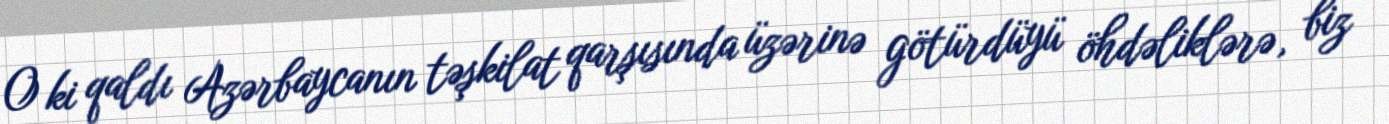
O ki qaldı Azərbaycanın təşkilat qarşısında üzərinə götürdüyü öhdəliklərə, biz